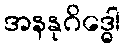
အနနုဂိဒ္ဓေါ